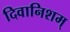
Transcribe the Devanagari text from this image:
दिवानिशम्